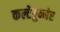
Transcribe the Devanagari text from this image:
कल्टेंब्रुन्नेर